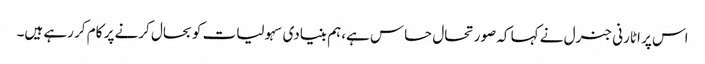
اس پر اٹارنی جنرل نے کہا کہ صورتحال حساس ہے،ہم بنیادی سہولیات کو بحال کرنے پر کام کر رہے ہیں۔